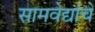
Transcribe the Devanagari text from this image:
सामवेद्यांचे